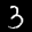
Label: 3